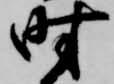
時